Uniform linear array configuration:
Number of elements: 12
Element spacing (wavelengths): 1
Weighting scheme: hamming
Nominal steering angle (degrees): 60
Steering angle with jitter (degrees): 61.352
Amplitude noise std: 0.05
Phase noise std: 0.05

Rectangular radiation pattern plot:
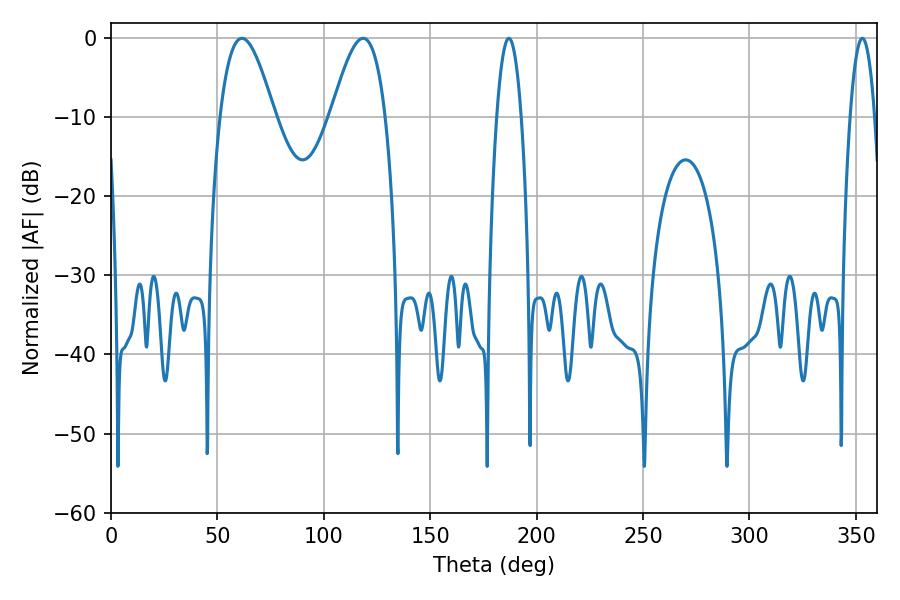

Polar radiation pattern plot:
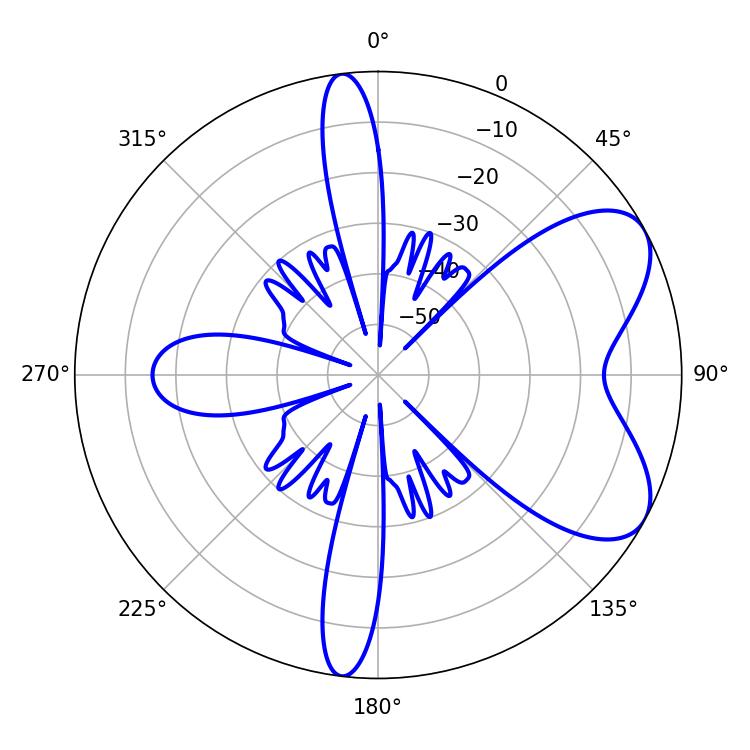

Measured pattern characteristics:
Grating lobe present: TRUE
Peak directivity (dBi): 6.561
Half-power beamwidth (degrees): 13.86
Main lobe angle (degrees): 61.56